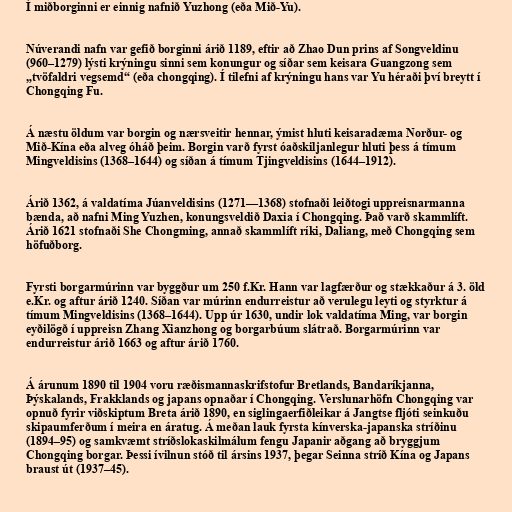
Í miðborginni er einnig nafnið Yuzhong (eða Mið-Yu).

Núverandi nafn var gefið borginni árið 1189, eftir að Zhao Dun prins af Songveldinu
(960–1279) lýsti krýningu sinni sem konungur og síðar sem keisara Guangzong sem
„tvöfaldri vegsemd“ (eða chongqing). Í tilefni af krýningu hans var Yu héraði því breytt í
Chongqing Fu.

Á næstu öldum var borgin og nærsveitir hennar, ýmist hluti keisaradæma Norður- og
Mið-Kína eða alveg óháð þeim. Borgin varð fyrst óaðskiljanlegur hluti þess á tímum
Mingveldisins (1368–1644) og síðan á tímum Tjingveldisins (1644–1912).

Árið 1362, á valdatíma Júanveldisins (1271—1368) stofnaði leiðtogi uppreisnarmanna
bænda, að nafni Ming Yuzhen, konungsveldið Daxia í Chongqing. Það varð skammlíft.
Árið 1621 stofnaði She Chongming, annað skammlíft ríki, Daliang, með Chongqing sem
höfuðborg.

Fyrsti borgarmúrinn var byggður um 250 f.Kr. Hann var lagfærður og stækkaður á 3. öld
e.Kr. og aftur árið 1240. Síðan var múrinn endurreistur að verulegu leyti og styrktur á
tímum Mingveldisins (1368–1644). Upp úr 1630, undir lok valdatíma Ming, var borgin
eyðilögð í uppreisn Zhang Xianzhong og borgarbúum slátrað. Borgarmúrinn var
endurreistur árið 1663 og aftur árið 1760.

Á árunum 1890 til 1904 voru ræðismannaskrifstofur Bretlands, Bandaríkjanna,
Þýskalands, Frakklands og japans opnaðar í Chongqing. Verslunarhöfn Chongqing var
opnuð fyrir viðskiptum Breta árið 1890, en siglingaerfiðleikar á Jangtse fljóti seinkuðu
skipaumferðum í meira en áratug. Á meðan lauk fyrsta kínverska-japanska stríðinu
(1894–95) og samkvæmt stríðslokaskilmálum fengu Japanir aðgang að bryggjum
Chongqing borgar. Þessi ívilnun stóð til ársins 1937, þegar Seinna stríð Kína og Japans
braust út (1937–45).